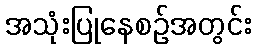
အသုံးပြုနေစဉ်အတွင်း